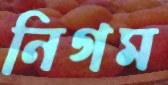
নিগম